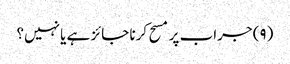
(۹) جراب پر مسح کرنا جائز ہے یا نہیں؟